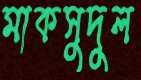
মাকসুদুল